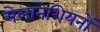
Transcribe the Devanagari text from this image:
मेलानेशियनों